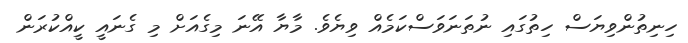
ހިނިތުންވިޔަސް ހިތުގައި ނުތަނަވަސްކަމެއް ވިޔެވެ. މާޔާ އޭނަ މިގެއަށް މި ގެނައީ ކީއްކުރަން